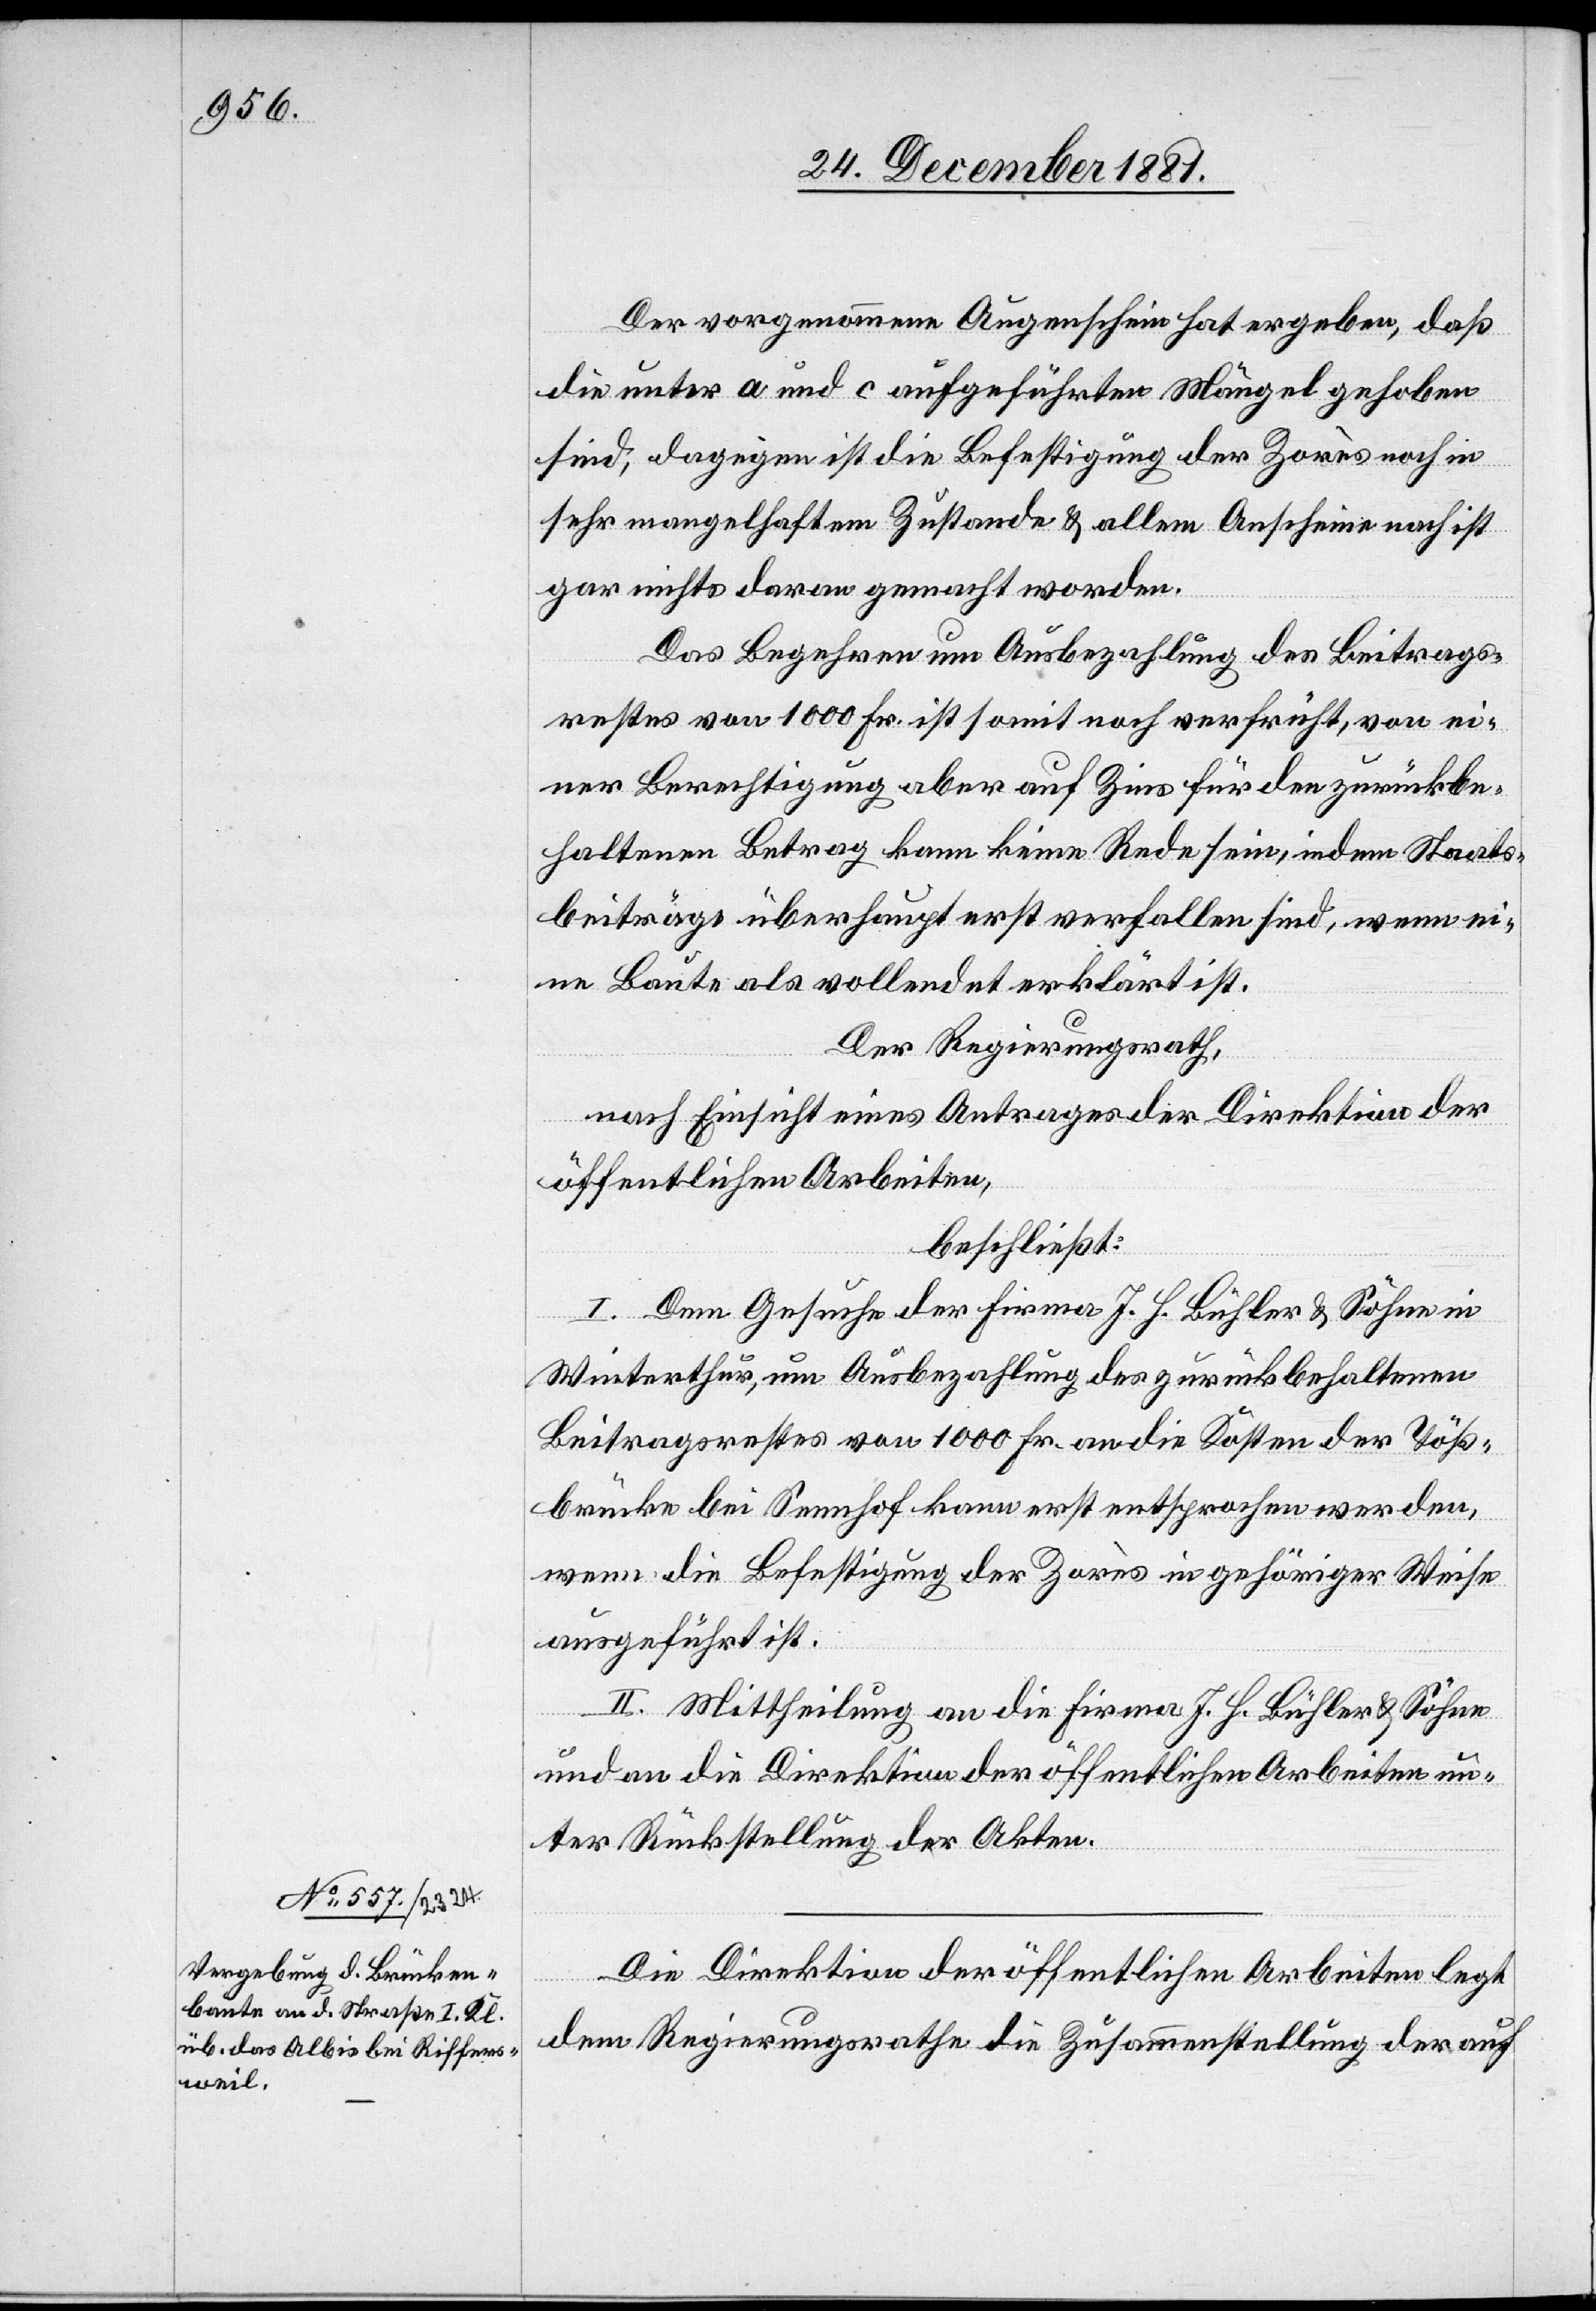
Der vorgenommene Augenschein hat ergeben, daß
die unter a und c aufgeführten Mängel gehoben
sind; dagegen ist die Befestigung der Zarès noch in
sehr mangelhaftem Zustande & allem Anschein nach ist
gar nichts daran gemacht worden.
Das Begehren um Ausbezahlung des Beitrags¬
restes von 1000 Fr. ist somit noch verfrüht, von ei¬
ner Berechtigung aber auf Zins für de zurückbe¬
haltenen Betrag kann keine Rede sein, indem Staats¬
beiträge überhaupt erst verfallen sind, wenn ei¬
ne Baute als vollendet erklärt ist.
Der Regierungsrath,
nach Einsicht eines Antrages der Direktion der
öffentlichen Arbeiten,
beschließt:
I. Dem Gesuche der Firma J. H. Bühler & Söhne in
Winterthur, um Ausbezahlung des zurückbehaltenen
Beitragsrestes von 1000 Fr. an die Kosten der Töß¬
brücke bei Sennhof kann erst entsprochen werden,
wenn die Befestigung der Zarès in gehöriger Weise
ausgeführt ist.
II. Mittheilung an die Firma J. H. Bühler & Söhne
und an die Direktion der öffentlichen Arbeiten un¬
ter Rückstellung der Akten.
Die Direktion der öffentlichen Arbeiten legt
dem Regierungsrathe die Zusammenstellung der auf